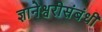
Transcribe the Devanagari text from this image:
ज्ञानेश्वरीसंबंधी